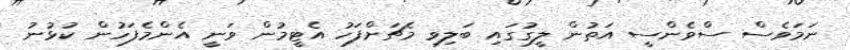
ނަމަވެސް ސްވެންސީ އަތުން ލީގުގައި ބަލިވި މެޗަށްފަހު އެޓީމުން ވަނީ އެންމެފަހުން ކުޅުނު